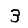
Digit: 3